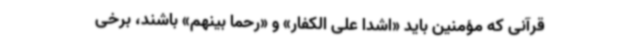
قرآنی که مؤمنین باید «اشدا علی الکفار» و «رحما بینهم» باشند، برخی